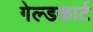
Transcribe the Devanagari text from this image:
गेल्डकार्ट